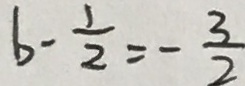
b - \frac { 1 } { 2 } = - \frac { 3 } { 2 }